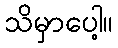
သိမှာပေါ့။